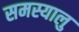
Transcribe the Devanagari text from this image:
समस्यालु